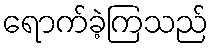
ရောက်ခဲ့ကြသည်